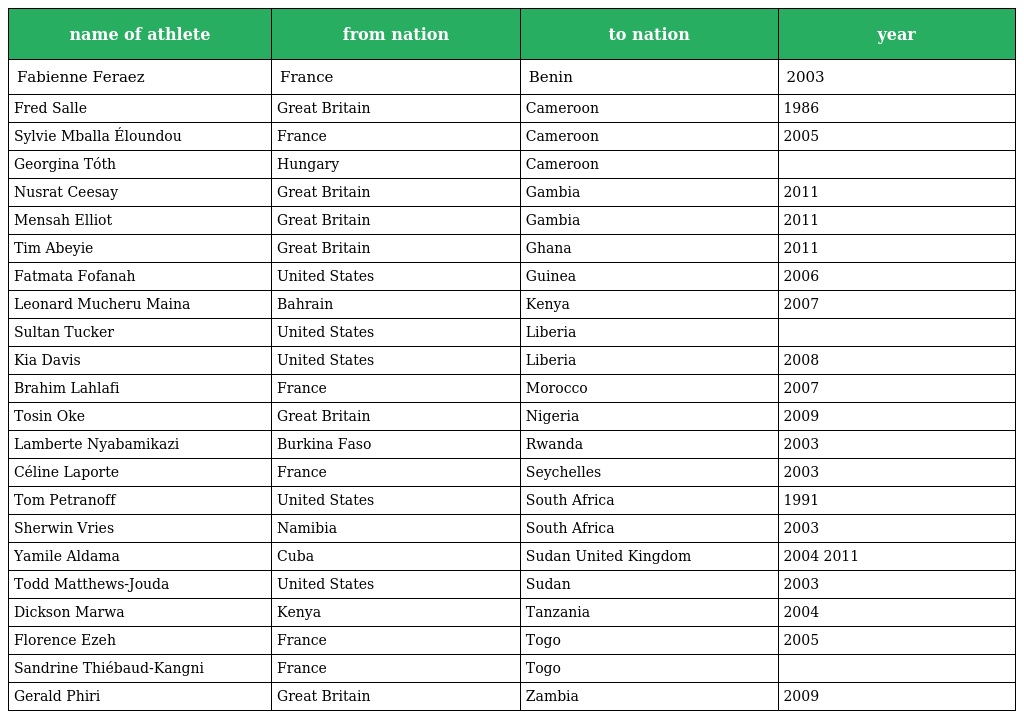
| name of athlete | from nation | to nation | year |
 | --- | --- | --- | --- |
 | Fabienne Feraez | France | Benin | 2003 |
 | Fred Salle | Great Britain | Cameroon | 1986 |
 | Sylvie Mballa Éloundou | France | Cameroon | 2005 |
 | Georgina Tóth | Hungary | Cameroon |  |
 | Nusrat Ceesay | Great Britain | Gambia | 2011 |
 | Mensah Elliot | Great Britain | Gambia | 2011 |
 | Tim Abeyie | Great Britain | Ghana | 2011 |
 | Fatmata Fofanah | United States | Guinea | 2006 |
 | Leonard Mucheru Maina | Bahrain | Kenya | 2007 |
 | Sultan Tucker | United States | Liberia |  |
 | Kia Davis | United States | Liberia | 2008 |
 | Brahim Lahlafi | France | Morocco | 2007 |
 | Tosin Oke | Great Britain | Nigeria | 2009 |
 | Lamberte Nyabamikazi | Burkina Faso | Rwanda | 2003 |
 | Céline Laporte | France | Seychelles | 2003 |
 | Tom Petranoff | United States | South Africa | 1991 |
 | Sherwin Vries | Namibia | South Africa | 2003 |
 | Yamile Aldama | Cuba | Sudan United Kingdom | 2004 2011 |
 | Todd Matthews-Jouda | United States | Sudan | 2003 |
 | Dickson Marwa | Kenya | Tanzania | 2004 |
 | Florence Ezeh | France | Togo | 2005 |
 | Sandrine Thiébaud-Kangni | France | Togo |  |
 | Gerald Phiri | Great Britain | Zambia | 2009 |